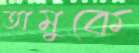
অমুকে